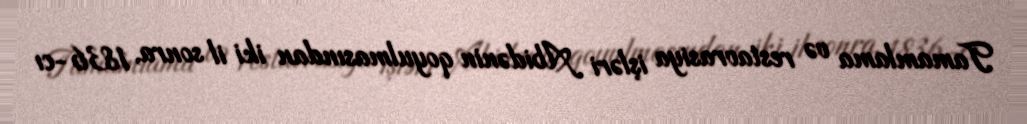
Tamamlama və restavrasiya işləri Abidənin qoyulmasından iki il sonra, 1836-cı